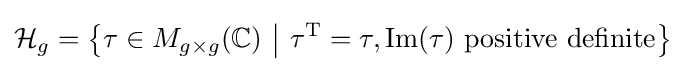
{\mathcal {H}}_{g}=\left\{\tau \in M_{g\times g}(\mathbb {C} )\ {\big |}\ \tau ^{\mathrm {T} }=\tau ,{\textrm {Im}}(\tau ){\text{  positive definite}}\right\}